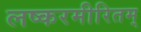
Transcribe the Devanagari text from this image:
लष्करमीरितम्